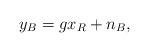
LaTeX: \begin{align*}y_{B} =g x_R + n_B,\end{align*}